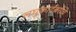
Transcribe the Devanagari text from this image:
लघुकादंबरीचे